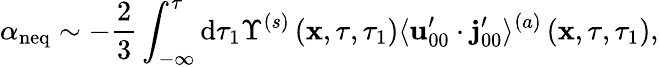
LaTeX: \alpha_{\mathrm{neq}}\sim-\frac{2}{3}\int_{-\infty}^{\tau}\mathrm{d}\tau_{1}\Upsilon^{(s)}\left(\mathbf{x},\tau,\tau_{1}\right)\langle\mathbf{u}_{00}^{\prime}\cdot\mathbf{j}_{00}^{\prime}\rangle^{(a)}\left(\mathbf{x},\tau,\tau_{1}\right),